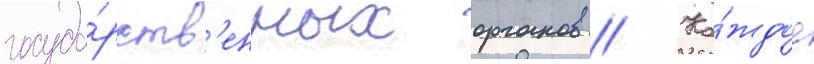
госуда́рств'енных органов // Ка́ждое